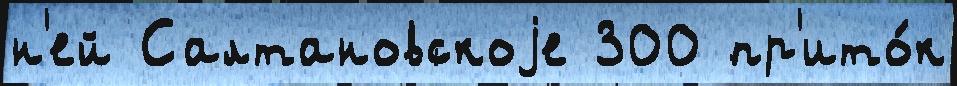
н'ей Салтановскоjе 300 пр'ито́к